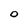
Character: 0